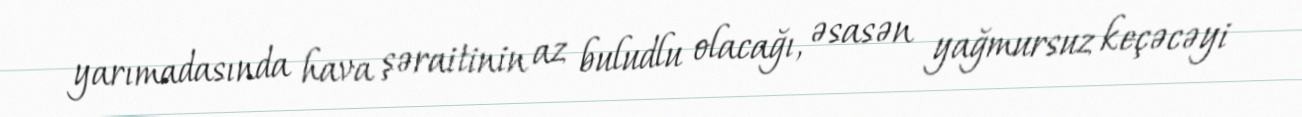
yarımadasında hava şəraitinin az buludlu olacağı, əsasən yağmursuz keçəcəyi